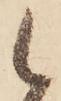
候